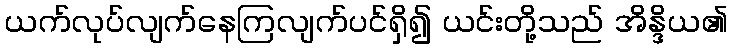
ယက်လုပ်လျက်နေကြလျက်ပင်ရှိ၍ ယင်းတို့သည် အိန္ဒိယ၏